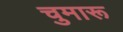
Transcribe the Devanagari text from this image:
चुमारू